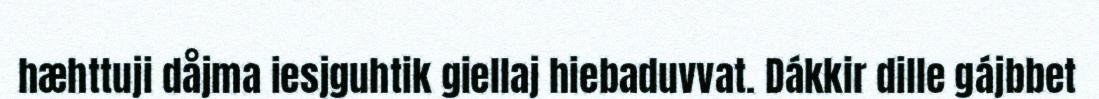
hæhttuji dåjma iesjguhtik giellaj hiebaduvvat. Dákkir dille gájbbet